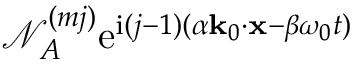
\mathcal { N } _ { A } ^ { ( m j ) } \mathrm { e } ^ { \mathrm { i } ( j - 1 ) ( \alpha \mathbf { k } _ { 0 } \cdot \mathbf { x } - \beta \omega _ { 0 } t ) }